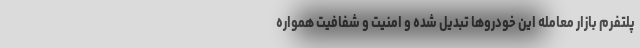
پلتفرم بازار معامله این خودرو‌ها تبدیل شده و امنیت و شفافیت همواره